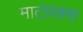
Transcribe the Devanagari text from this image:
माटारक्स